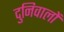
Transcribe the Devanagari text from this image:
दुनिवालों